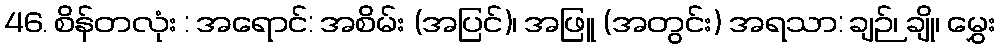
46. စိန်တလုံး : အရောင်: အစိမ်း (အပြင်)၊ အဖြူ (အတွင်း) အရသာ: ချဉ်၊ ချို၊ မွှေး